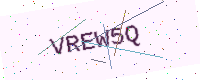
Text: VREW5Q